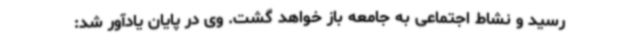
رسید و نشاط اجتماعی به جامعه باز خواهد گشت. وی در پایان یادآور شد: